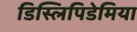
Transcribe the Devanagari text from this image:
डिस्लिपिडेमिया